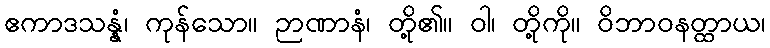
ဧကာဒသန္နံ၊ ကုန်သော။ ဉာဏာနံ၊ တို့၏။ ဝါ၊ တို့ကို။ ဝိဘာဝနတ္ထာယ၊